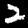
Label: 2